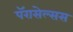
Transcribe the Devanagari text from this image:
पॅरासेल्सस